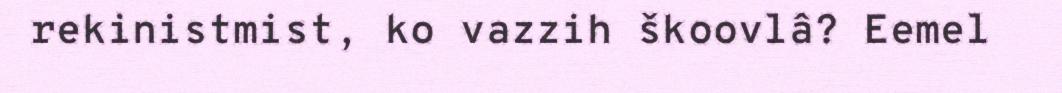
rekinistmist, ko vazzih škoovlâ? Eemel